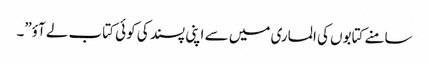
سامنے کتابوں کی الماری میں سے اپنی پسند کی کوئی کتاب لے آؤ”۔